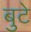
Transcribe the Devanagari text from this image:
बुटे